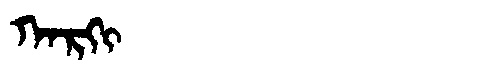
Manchu: ᡴᠠᡵᡴᡳ
Romanization: KARKI